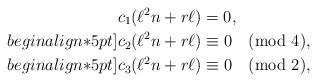
LaTeX: \begin{align*}&c_1(\ell^2 n+r\ell) = 0,\\begin{align*}5pt]&c_2(\ell^2 n+r\ell) \equiv 0 \pmod{4},\\begin{align*}5pt]&c_3(\ell^2 n+r\ell) \equiv 0 \pmod{2},\end{align*}